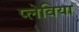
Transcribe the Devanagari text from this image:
प्लेविया